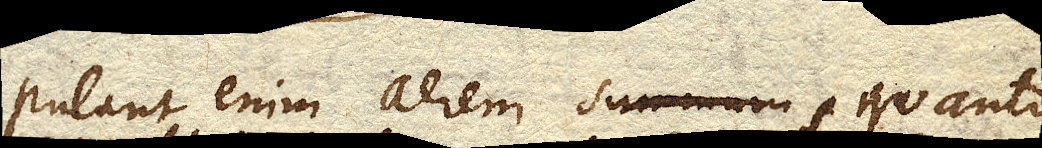
Putant enim aerem summum quanto